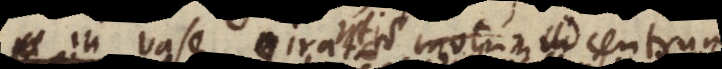
in vase giratae motum in centrum